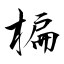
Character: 楄